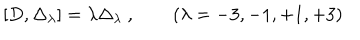
LaTeX: [ D , \Delta _ { \lambda } ] = \lambda \Delta _ { \lambda } \ , \qquad ( \lambda = - 3 , - 1 , + 1 , + 3 )